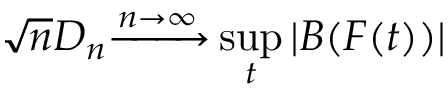
{ \sqrt { n } } D _ { n } { \xrightarrow { n \to \infty } } \operatorname* { s u p } _ { t } | B ( F ( t ) ) |